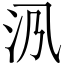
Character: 𱎃